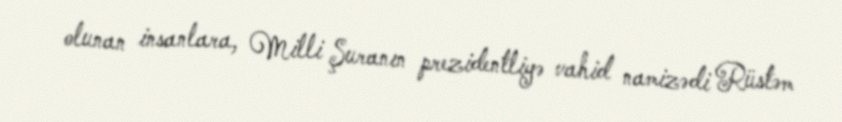
olunan insanlara, Milli Şuranın prezidentliyə vahid namizədi Rüstəm